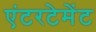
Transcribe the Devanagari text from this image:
एंटरटेमेंट